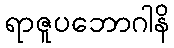
ရာဇူပဘောဂါနိ